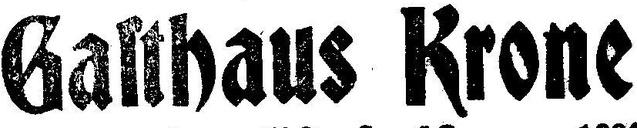
Galthaus Krone